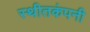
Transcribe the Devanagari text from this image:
स्थीतकंपनी